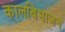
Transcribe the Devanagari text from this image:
कालबिभाजन